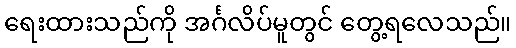
ရေးထားသည်ကို အင်္ဂလိပ်မူတွင် တွေ့ရလေသည်။